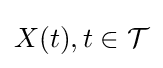
X(t),t\in {\mathcal {T}}